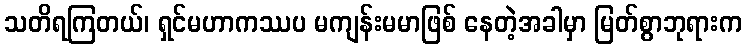
သတိရကြတယ်၊ ရှင်မဟာကဿပ မကျန်းမမာဖြစ် နေတဲ့အခါမှာ မြတ်စွာဘုရားက